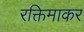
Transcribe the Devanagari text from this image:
रक्तिमाकर